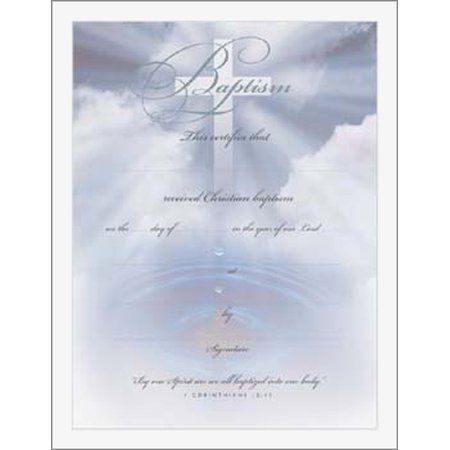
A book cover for Blue/Cross/Water Baptism Certificate; Christian Books & Bibles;